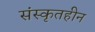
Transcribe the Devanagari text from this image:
संस्कृतहीन